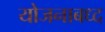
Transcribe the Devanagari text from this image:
योजनाबध्द